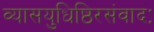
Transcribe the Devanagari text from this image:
व्यासयुधिष्ठिरसंवादः